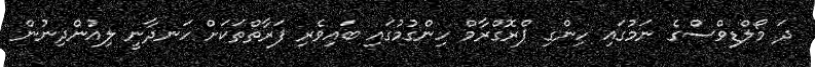
ދަ މޯލްޑިވްސްގެ ނަމުގައި ހިންގި ޕްރޮގްރާމް ހިންގުމުގައި ބައިވެރި ފަރާތްތަކަށް ހަނދާނީ ލިއުންދިނުން